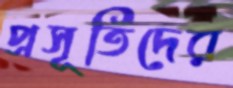
প্রসূতিদের